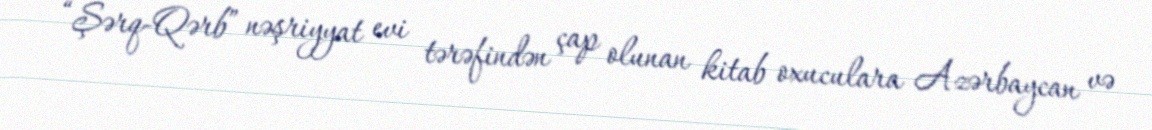
“Şərq-Qərb” nəşriyyat evi tərəfindən çap olunan kitab oxuculara Azərbaycan və